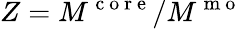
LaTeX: Z=M^{\mathrm{~c~o~r~e~}}/M^{\mathrm{~m~o~}}